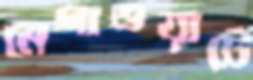
মেগাওয়াটে